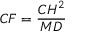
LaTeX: C F = { \frac { C H ^ { 2 } } { M D } }